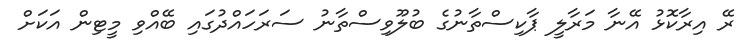
ރޭ އިރާކޮޅު އޭނާ މަރާލީ ޕާކިސްތާނުގެ ބުލޫވިސްތާނު ސަރަހައްދުގައި ބޭއްވި މީޓިން އަކަށް